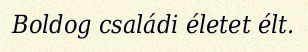
Boldog családi életet élt.